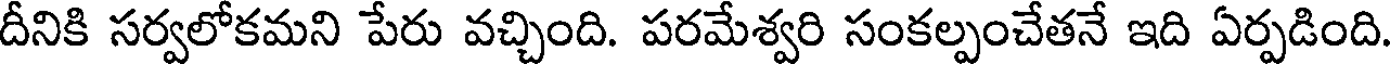
దీనికి సర్వలోకమని పేరు వచ్చింది. పరమేశ్వరి సంకల్పంచేతనే ఇది ఏర్పడింది